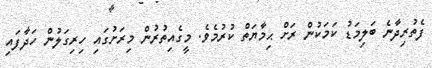
ފެތުރިދާނެ ބަލިމަޑު ކަމަކުން ރަށް ޙިމާޔަތް ކުރުމެވެ. މީގެއިތުރުން މިރަށުގައި ހިރިގަލުން ހަދާފައި